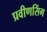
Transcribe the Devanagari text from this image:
प्रवीणसिंग